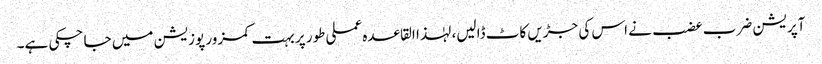
آپریشن ضرب عضب نے اس کی جڑیں کاٹ ڈالیں، لہٰذا القاعدہ عملی طور پر بہت کمزور پوزیشن میں جا چکی ہے۔